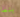
بنما